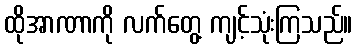
ထိုအာဏာကို လက်တွေ့ ကျင့်သုံးကြသည်။